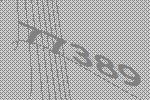
77389